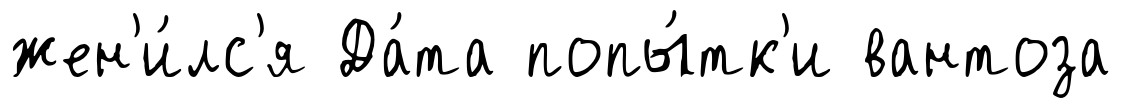
жен'и́лс'я Да́та попы́тк'и вантоза